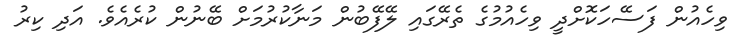
ވިހެއުން ފަސޭހަކޮށްދީ ވިހެއުމުގެ ތެރޭގައި ލޭފޭބުން މަނާކުރުމަށް ބޭނުން ކުރެއެވެ. އަދި ކިރު